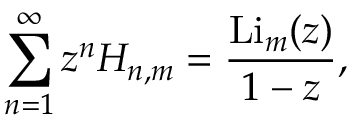
\sum _ { n = 1 } ^ { \infty } z ^ { n } H _ { n , m } = { \frac { \operatorname { L i } _ { m } ( z ) } { 1 - z } } ,